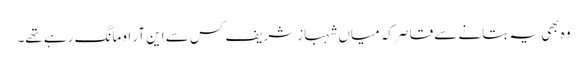
وہ بھی یہ بتانے سے قاصر کہ میاں شہبازشریف کس سے این آر او مانگ رہے تھے۔